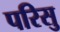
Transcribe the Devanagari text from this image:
परिसु